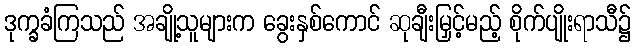
ဒုက္ခခံကြသည် အချို့သူများက ခွေးနှစ်ကောင် ဆုချီးမြှင့်မည့် စိုက်ပျိုးရာသီ၌